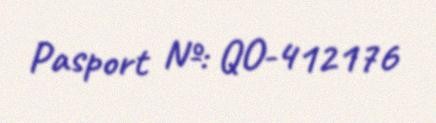
Pasport №: QO-412176